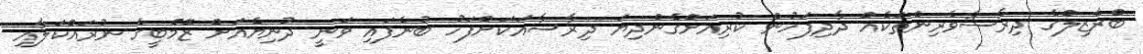
ބްރެޒިލްގެ ދިރާސާވެރިންތަކެއް ދާދިފަހުން ކުރިއަށްގެންދިޔަ ދިރާސާއަކަށްފަހު ބުނެފައި ވަނީ ދުނިޔެއަށް ޒޮމްބީގެ ނުރައްކަލާއި